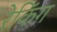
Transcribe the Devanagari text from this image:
रेकिंग